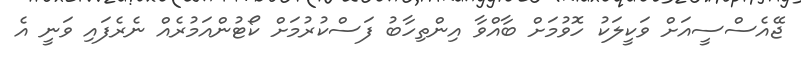
ޖޭއެސްސީއަށް ވަކީލަކު ހޮވުމަށް ބާއްވާ އިންތިހާބު ފަސްކުރުމަށް ކޯޓުންއަމުރެއް ނެރެފައި ވަނީ އެ